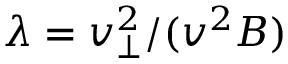
\lambda = v _ { \perp } ^ { 2 } / ( v ^ { 2 } B )